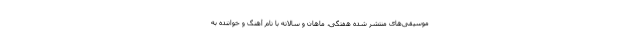
موسیقی‌های منتشر شده هفتگی، ماهان و سالانه با نام آهنگ و خواننده به